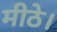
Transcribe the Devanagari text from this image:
मीठे।